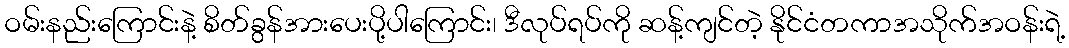
ဝမ်းနည်းကြောင်းနဲ့ စိတ်ခွန်အားပေးပို့ပါကြောင်း၊ ဒီလုပ်ရပ်ကို ဆန့်ကျင်တဲ့ နိုင်ငံတကာအသိုက်အဝန်းရဲ့